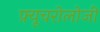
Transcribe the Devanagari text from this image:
फ़्यूचरोलोजी